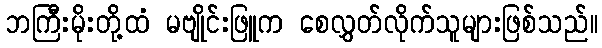
ဘကြီးမိုးတို့ထံ မဗျိုင်းဖြူက စေလွှတ်လိုက်သူများဖြစ်သည်။